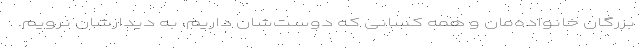
بزرگان خانواده‌مان و همه کسانی که دوست‌شان داریم، به دیدارشان نرویم.